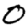
Digit: 0